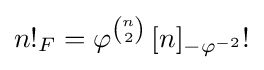
n!_{F}=\varphi ^{\binom {n}{2}}\,[n]_{-\varphi ^{-2}}!